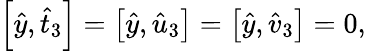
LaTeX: \begin{array}{r}{\left[\hat{y},\hat{t}_{3}\right]=\left[\hat{y},\hat{u}_{3}\right]=\left[\hat{y},\hat{v}_{3}\right]=0,}\end{array}